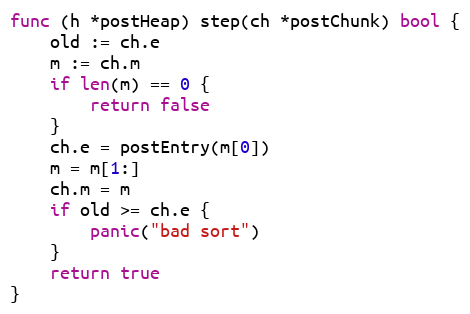
Language: Go
func (h *postHeap) step(ch *postChunk) bool {
	old := ch.e
	m := ch.m
	if len(m) == 0 {
		return false
	}
	ch.e = postEntry(m[0])
	m = m[1:]
	ch.m = m
	if old >= ch.e {
		panic("bad sort")
	}
	return true
}